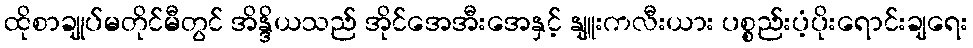
ထိုစာချုပ်မတိုင်မီတွင် အိန္ဒိယသည် အိုင်အေအီးအေနှင့် နျူးကလီးယား ပစ္စည်းပံ့ပိုးရောင်းချရေး